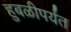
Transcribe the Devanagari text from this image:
हुबळीपर्यंत